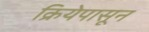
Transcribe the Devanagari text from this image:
क्रियेपासून